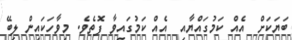
ބަޔަކަށް  އެއް ކަމުގައްޔާއި  އެއް ކަމުގައިވާ ފޮތެވެ. މިވާހަކައިން ލިބޭ